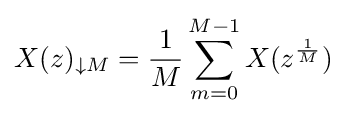
X(z)_{\downarrow M}={\frac {1}{M}}\sum _{m=0}^{M-1}X(z^{\frac {1}{M}})